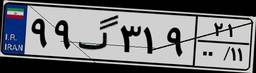
۹۹گ۳۱۹۲۱